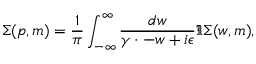
\Sigma ( p , m ) = \frac { 1 } { \pi } \int _ { - \infty } ^ { \infty } \frac { d w } { \gamma \cdotp - w + i \epsilon } \Im \Sigma ( w , m ) ,